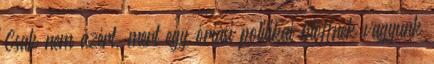
Csak nem azért, mert egy óriási politikai blöffnek vagyunk